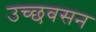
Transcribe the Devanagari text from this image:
उच्छवसन